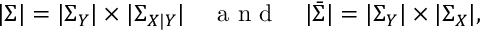
| \Sigma | = | \Sigma _ { Y } | \times | \Sigma _ { X | Y } | \quad \mathrm { ~ a ~ n ~ d ~ } \quad | \bar { \Sigma } | = | \Sigma _ { Y } | \times | \Sigma _ { X } | ,